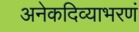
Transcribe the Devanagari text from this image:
अनेकदिव्याभरणं